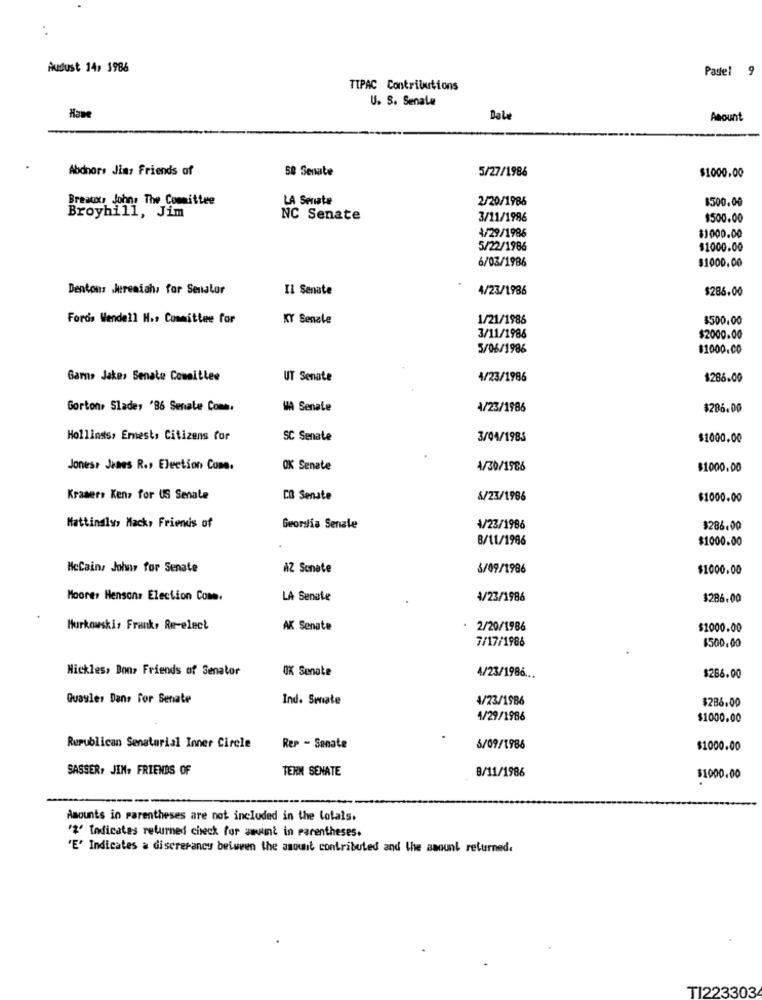
Ausust 14, 1986
Padel 9
TIPAC Contributions
U. S. Senate
Have
Dale
Amount
Abdnors Jimy Friends of
58 Senate
5/27/1986
$1000.00
Breaux, John: The Committee
LA Senate
2/20/1986
$500.00
Broyhill, Jim
NC Senate
3/11/1986
$500.00
4/29/1986
$1000.00
5/22/1986
$1000.00
6/03/1986
$1000.00
Dentons Jeremiah, for Senator
Il Senate
4/23/1986
$286.00
Fords Wendell H ., Committee for
KY Senzle
1/21/1986
$500.00
3/11/1986
$2000.00
5/06/1986
$1000.00
Garns Jakes Senate Committee
UT Senate
4/23/1986
$286.00
Gorton, Sladey '86 Senate Com.
WA Senate
4/23/1986
$286.00
Hollinsts, Ernest, Citizens for
SC Senate
3/04/1985
$1000.00
Jones, James R.s Election Cone.
OK Senate
4/30/1986
$1000.00
Krasers Ken, for US Senate
CO Senate
6/23/1986
$1000.00
Mattinalys Mack, Friends of
Georslia Senale
4/23/1986
$286.00
8/11/1986
$1000.00
HeCains Johwir for Senate
AZ Senate
3/09/1986
$1000.00
Moores Hensons Election Com.
LA Senate
4/23/1986
$286.00
Murkowski, Frank, Ru-elect
AK Senate
2/20/1986
$1000.00
7/17/1986
$500.00
Nickles, Bons Friends of Senator
OK Senote
4/23/1986 ...
$286.00
Quayler Dans For Senate
Ind. Senate
4/23/1986
$286.00
1/29/1986
$1000.00
Rupublican Senatorial Inner Circle
Rep - Senate
5/09/1986
$1000.00
SASSER, JIN, FRIENDS OF
TERM SENATE
8/11/1986
$1000.00
-----
Amounts in parentheses are not included in the totals.
'2' Indicates returned check for wwwunt in parentheses.
'E' Indicates a discrepancy between the amount contributed and the amount returned.
TI223303